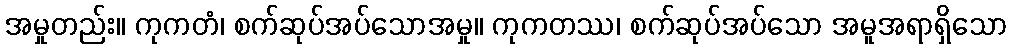
အမှုတည်း။ ကုကတံ၊ စက်ဆုပ်အပ်သောအမှု။ ကုကတဿ၊ စက်ဆုပ်အပ်သော အမူအရာရှိသော